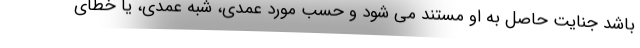
باشد جنایت حاصل به او مستند می شود و حسب مورد عمدی، شبه عمدی، یا خطای